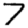
Digit: 7